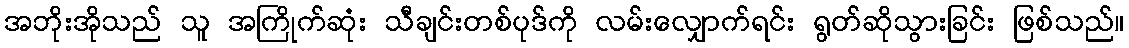
အဘိုးအိုသည် သူ အကြိုက်ဆုံး သီချင်းတစ်ပုဒ်ကို လမ်းလျှောက်ရင်း ရွတ်ဆိုသွားခြင်း ဖြစ်သည်။